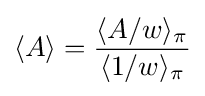
\langle A\rangle ={\frac {\langle A/w\rangle _{\pi }}{\langle 1/w\rangle _{\pi }}}